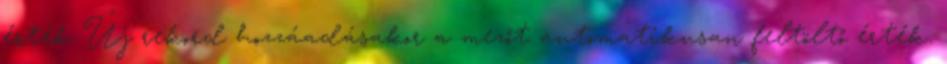
érték Új rekord hozzáadásakor a mezőt automatikusan feltöltő érték.